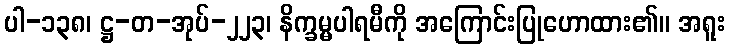
ပါ-၁၃၈၊ ဋ္ဌ-တ-အုပ်-၂၂၃၊ နိက္ခမ္မပါရမီကို အကြောင်းပြုဟောထား၏။ အရူး